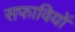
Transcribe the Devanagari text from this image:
सफावियों